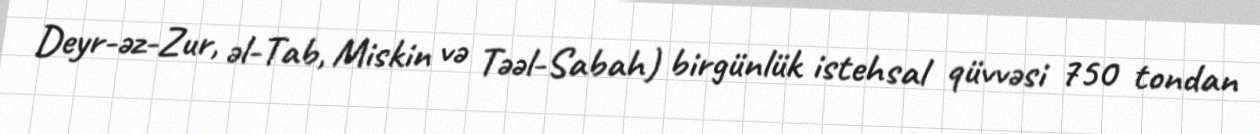
Deyr-əz-Zur, əl-Tab, Miskin və Təəl-Sabah) birgünlük istehsal qüvvəsi 750 tondan